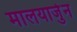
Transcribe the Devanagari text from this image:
मालयार्जुन